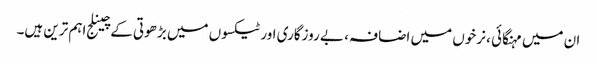
ان میں مہنگائی ، نرخوں میں اضافہ ، بے روزگاری اور ٹیکسوں میں بڑھوتی کے چینلج اہم ترین ہیں۔